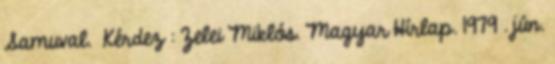
Samuval. Kérdez : Zelei Miklós. Magyar Hírlap. 1979 . jún.